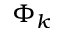
\Phi _ { k }